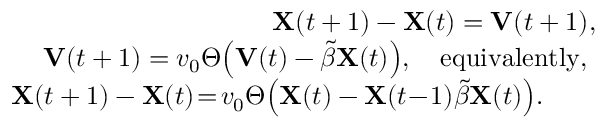
\begin{array} { r l r } & { } & { \mathbf { X } ( t + 1 ) - \mathbf { X } ( t ) = \mathbf { V } ( t + 1 ) , } \\ & { } & { \mathbf { V } ( t + 1 ) = v _ { 0 } \Theta \! \left( \mathbf { V } ( t ) - \tilde { \beta } \mathbf { X } ( t ) \right) \! , \quad \mathrm { e q u i v a l e n t l y , ~ } } \\ & { } & { \mathbf { X } ( t + 1 ) - \mathbf { X } ( t ) \! = \! v _ { 0 } \Theta \! \left( \mathbf { X } ( t ) - \mathbf { X } ( t \! - \! 1 ) \tilde { \beta } \mathbf { X } ( t ) \right) \! . \quad \quad } \end{array}